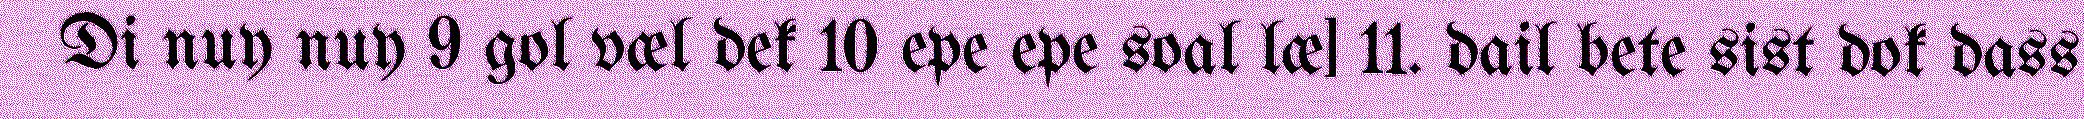
Di nuy nuy 9 gol væl dek 10 epe epe soal læ] 11. dail bete sist dok dass